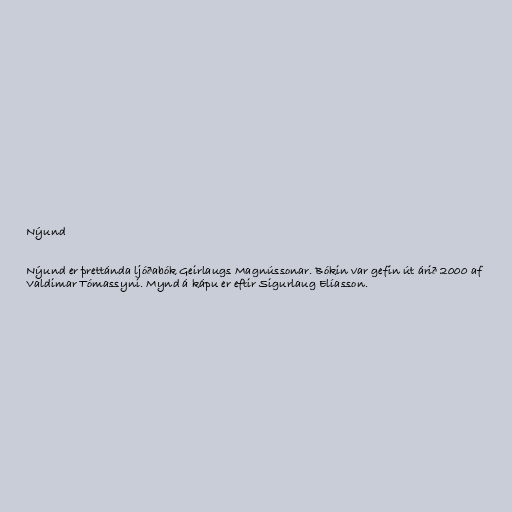
Nýund

Nýund er þrettánda ljóðabók Geirlaugs Magnússonar. Bókin var gefin út árið 2000 af
Valdimar Tómassyni. Mynd á kápu er eftir Sigurlaug Elíasson.